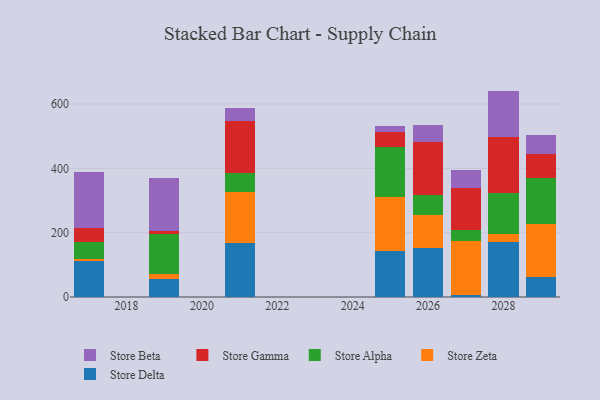
{"axis": {"x": "Year", "y": "Page Views"}, "legend": ["Store Alpha", "Store Beta", "Store Delta", "Store Gamma", "Store Zeta"], "data": [{"x": "2028", "y": 171.3, "type": "Store Delta"}, {"x": "2028", "y": 24.4, "type": "Store Zeta"}, {"x": "2028", "y": 127.5, "type": "Store Alpha"}, {"x": "2028", "y": 174.9, "type": "Store Gamma"}, {"x": "2028", "y": 142.8, "type": "Store Beta"}, {"x": "2027", "y": 6.8, "type": "Store Delta"}, {"x": "2027", "y": 168.2, "type": "Store Zeta"}, {"x": "2027", "y": 32.5, "type": "Store Alpha"}, {"x": "2027", "y": 130.2, "type": "Store Gamma"}, {"x": "2027", "y": 55.6, "type": "Store Beta"}, {"x": "2025", "y": 142.0, "type": "Store Delta"}, {"x": "2025", "y": 169.1, "type": "Store Zeta"}, {"x": "2025", "y": 155.3, "type": "Store Alpha"}, {"x": "2025", "y": 46.1, "type": "Store Gamma"}, {"x": "2025", "y": 20.1, "type": "Store Beta"}, {"x": "2017", "y": 110.7, "type": "Store Delta"}, {"x": "2017", "y": 6.7, "type": "Store Zeta"}, {"x": "2017", "y": 53.1, "type": "Store Alpha"}, {"x": "2017", "y": 43.1, "type": "Store Gamma"}, {"x": "2017", "y": 174.1, "type": "Store Beta"}, {"x": "2026", "y": 151.4, "type": "Store Delta"}, {"x": "2026", "y": 102.5, "type": "Store Zeta"}, {"x": "2026", "y": 63.3, "type": "Store Alpha"}, {"x": "2026", "y": 165.3, "type": "Store Gamma"}, {"x": "2026", "y": 50.7, "type": "Store Beta"}, {"x": "2029", "y": 63.2, "type": "Store Delta"}, {"x": "2029", "y": 164.2, "type": "Store Zeta"}, {"x": "2029", "y": 142.1, "type": "Store Alpha"}, {"x": "2029", "y": 73.8, "type": "Store Gamma"}, {"x": "2029", "y": 59.3, "type": "Store Beta"}, {"x": "2019", "y": 57.1, "type": "Store Delta"}, {"x": "2019", "y": 13.4, "type": "Store Zeta"}, {"x": "2019", "y": 124.3, "type": "Store Alpha"}, {"x": "2019", "y": 10.9, "type": "Store Gamma"}, {"x": "2019", "y": 165.7, "type": "Store Beta"}, {"x": "2021", "y": 167.0, "type": "Store Delta"}, {"x": "2021", "y": 160.4, "type": "Store Zeta"}, {"x": "2021", "y": 56.8, "type": "Store Alpha"}, {"x": "2021", "y": 161.9, "type": "Store Gamma"}, {"x": "2021", "y": 42.2, "type": "Store Beta"}]}